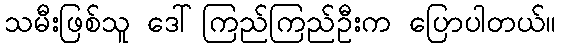
သမီးဖြစ်သူ ဒေါ်ကြည်ကြည်ဦးက ပြောပါတယ်။